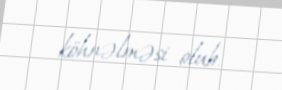
köhnəlməsi olub.